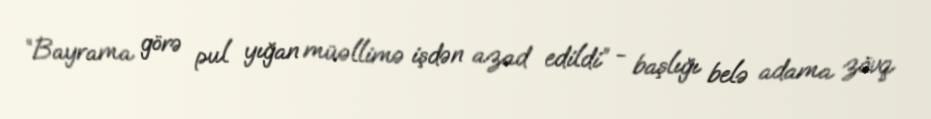
“Bayrama görə pul yığan müəllimə işdən azad edildi” - başlığı belə adama zövq